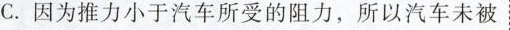
C.因为推力小于汽车所受的阻力，所以汽车未被